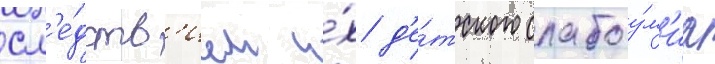
сл'е́дств'ием и́х д'е́тского слабоу́м'иа